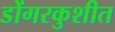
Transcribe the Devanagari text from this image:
डोंगरकुशीत